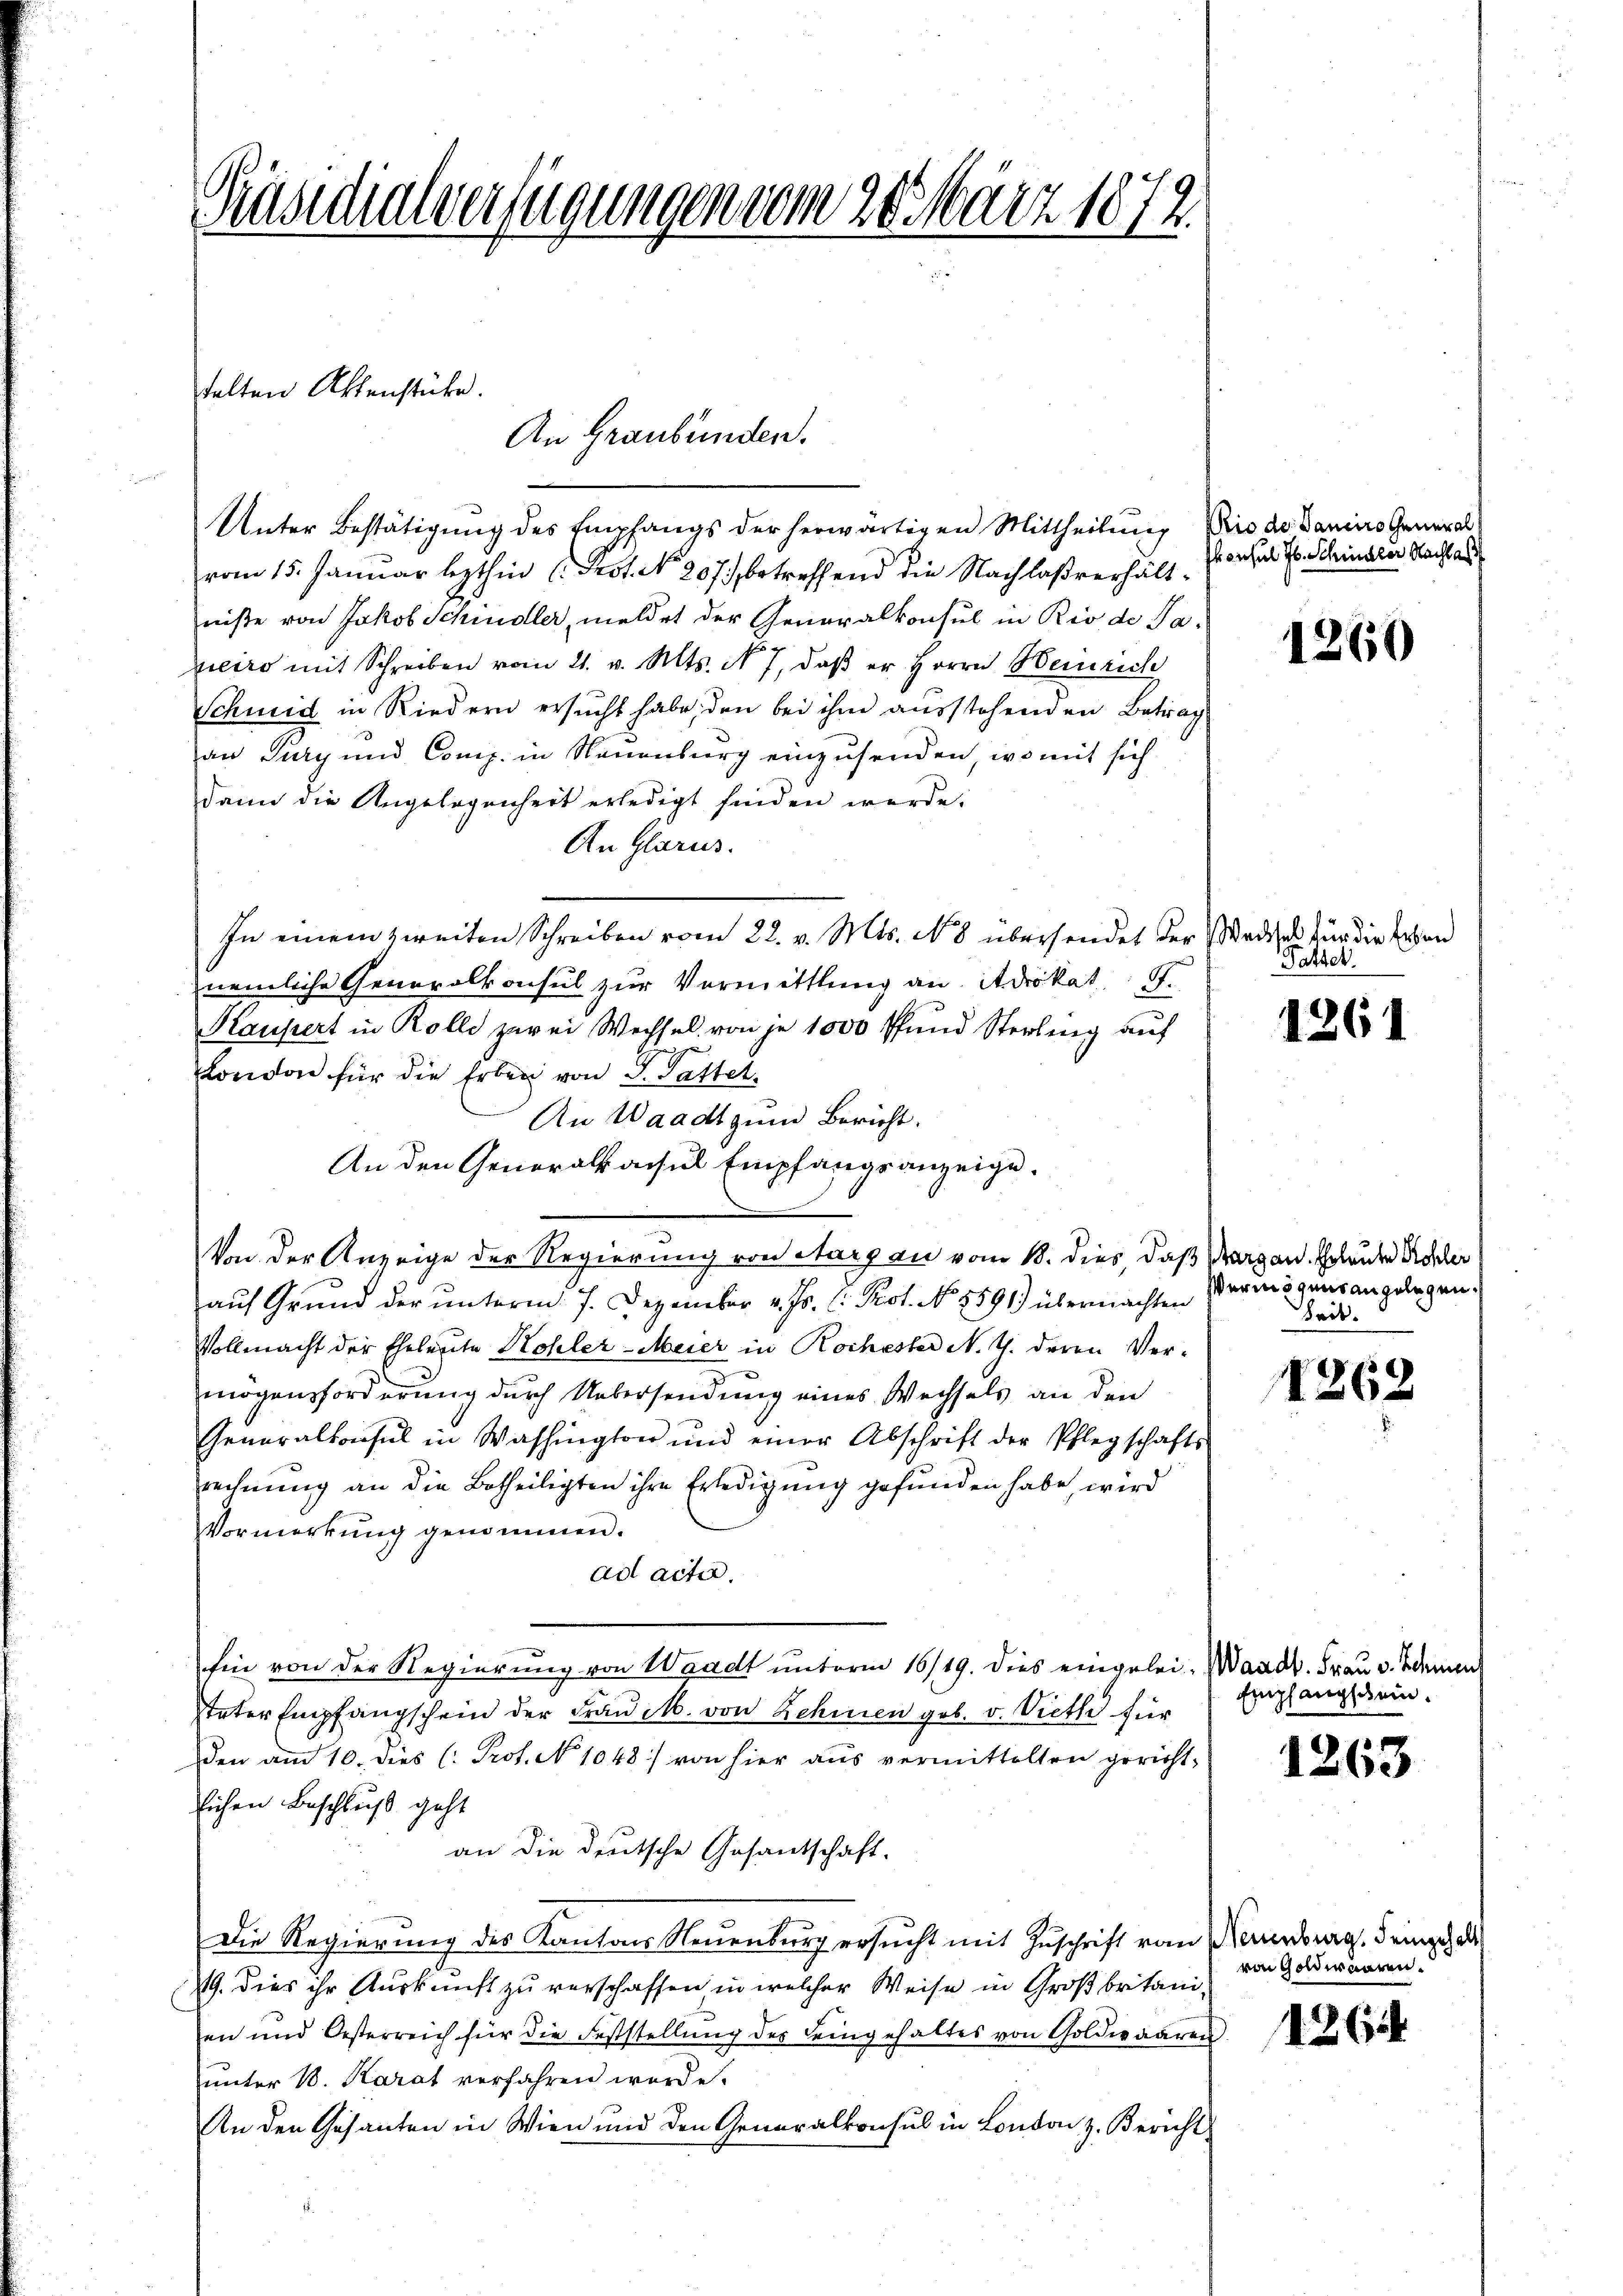
Präsidialverfügungen vom 20. März 1872.

An Graubünden.

talten Aktenstücke.

Unter Bestätigung des Empfangs der herwärtigen Mittheilung Priode danino General
vom 15. Januar lezthin 1. Prot. No. 207. betreffend die Nachlaßverhältniße von Jakob Schindler, meldet der Generalkonsul in Rio de Ja-
pieiro mit Schreiben vom 21. v. Mts. N. 7, daß er Herrn Heinrich
Schneid in Riedern ersucht habe, den bei ihm ausstehenden Betrag
an Sury und Comp. in Neuenburg einzusenden, wo mit sich
dann die Angelegenheit erledigt finden werde.
An Glarus.
In einem zweiten Schreiben vom 22. v. Mts. N. 8 übersendet der Badises für die Erben
nemliche Generalkonsul zur Vermittlung an Advokat St.
Kaupert in Rolle zwei Wechsel von je 1000 Pfund Sterling auf
London für die Erben von S. Patter
An Waadt zum Bericht.
An den Generalkonsul Empfangsanzeige.
Von der Anzeige der Regierung von Aargau vom 18. dies, daß Margau. Erlauber Roscher
auf Grund der unterm 7. Dezember v. Js. l. Prot. No 8591) übermachten Vermögensangelegen.
Vollmacht der Eheleute Kohler-Meier in Rochester N. Z. deren Ver-
mögensforderung durch Uebersendung eines Wechsels an den
Generalkonsul in Washington und einer Abschrift der Pflegschafts-
rechnung an die Betheiligten ihre Erledigung gefunden habe, wird
VVormerkung genommen.
ad acte.
hin von der Regierung von Waadt unterm 16/19. dies eingelei Waadt. Frau v. Idenen
Vater Empfangschein der Frau M. von Zehnen geb. v. Viethe für
den am 10. dies (: Prof. No 1048) von hier aŭs vermittelten gericht-
lichen Beschluß geht
an die deutsche Gesandschaft.
Die Regierung des Kantons Neuenburg ersucht mit Zuschrift vom Neuenburg, deinge des
19. Dies ihr Auskunft zu verschaffen, in welcher Weise in Großbritanien und Oesterreich für die Feststellŭng des Leingehaltes von Goldwaaren
ŭnter 18. Karat verfahren werde.
An den Gesanten in Wien und den Generalkonsul in London z. Bericht

konsul Jb. Schindler Nachlass

1260

Patzer.

1261

Zeit.

1262

Empfangschein.

1263

von Goldwaaren.

1265